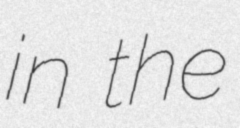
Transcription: in the